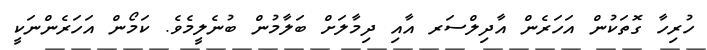
ހުރިހާ ގޮތަކުން އަހަރެން އާދިލްސަރ އާއި ދިމާލަށް ބަލާމުން ބުނެލީމެވެ. ކަމޯން އަހަރެންނަކީ